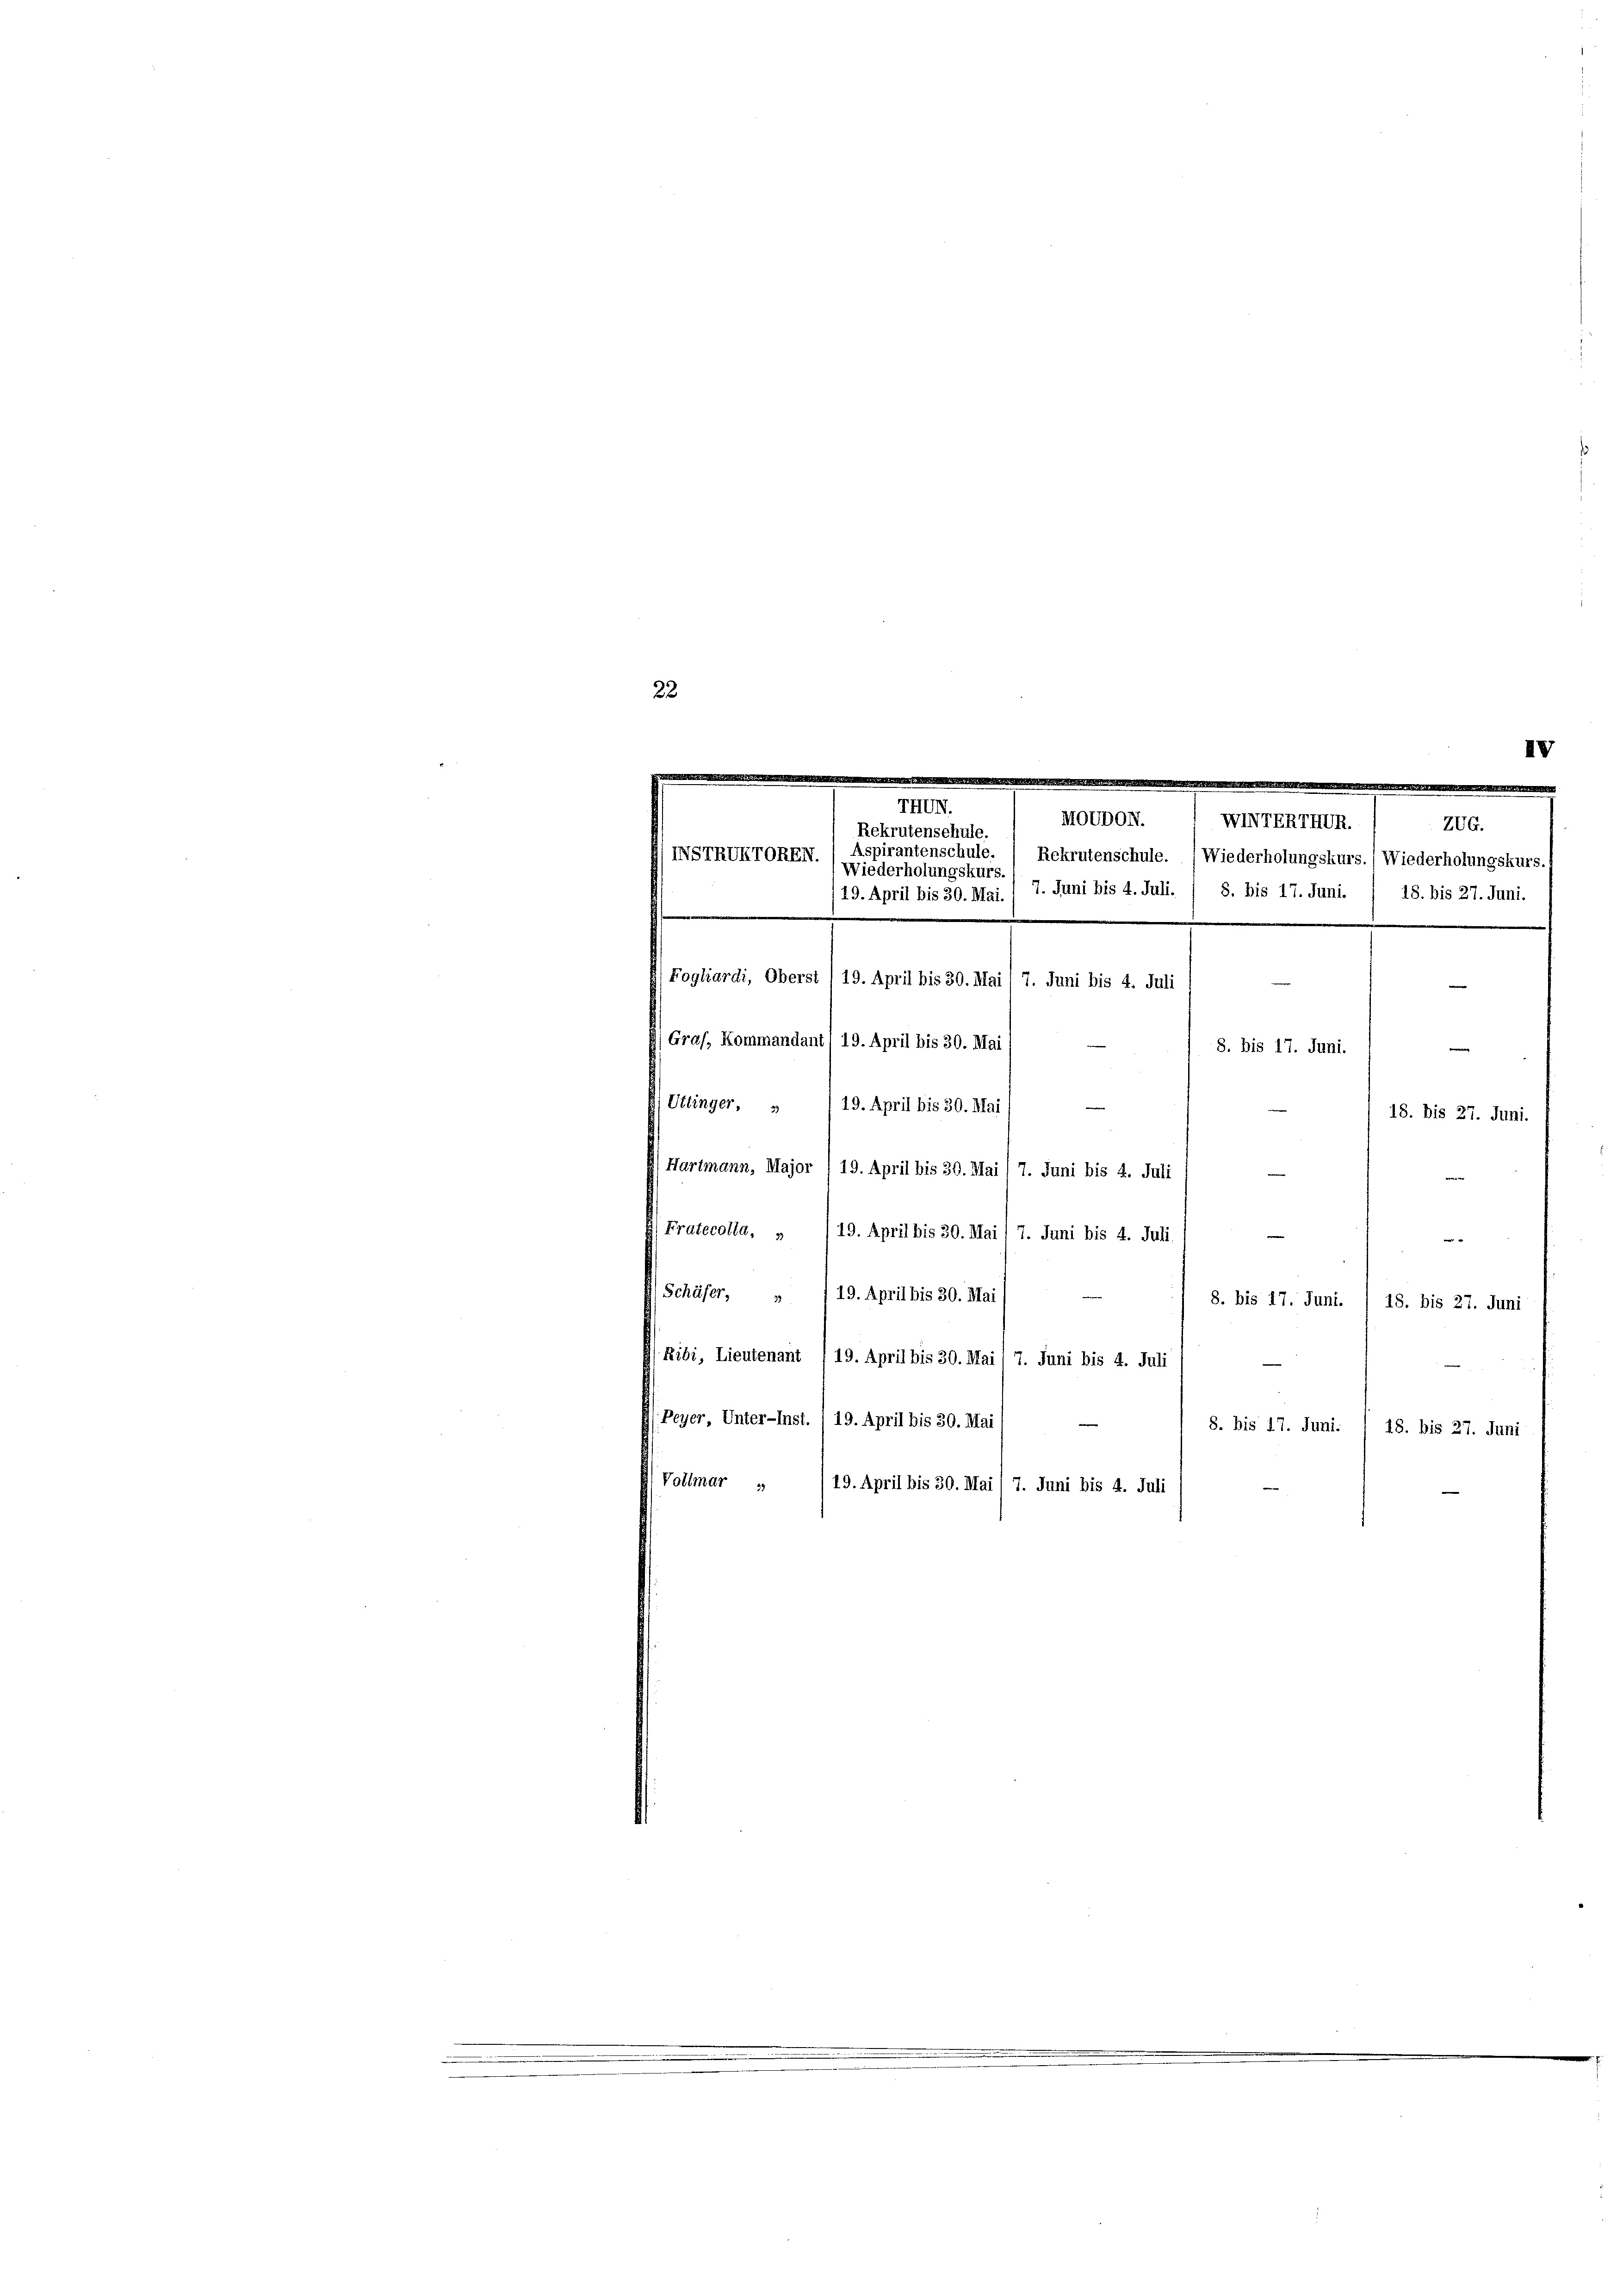
32

ZUG.
Wiederholungskurs.
19. April bis 30. Mai. / 7. Juni bis 4. Juli. / 8. bis 17. Juni. / 18. bis 27. Juni.
Fogliardi, Oberst 1 19. April bis 30. Mai / 7. Juni bis 4. Juli
(Graf, Kommandant / 19. April bis 30. Mai/
8. bis 17. Juni.
g
Uttinger, » 119. April bis 30. Mai
e
18. Dis 27. Juni.
Hartmann, Major /19. April bis 30. Mai /7. Juni bis 4. Juli (
Fratecolla, » /19. April bis 30. Mai /7. Juni bis 4. Juli
e

Schäfer, „ /19. April bis 30. Mai/
8. bis 17. Juni.
18. bis 27. Juni

B
MODDON. ( WINTERTHUR.
Rekrutenschule.
INSTRUKTOREN. Aspirantenschule. (Rekrutenschule. (Wiederholungskurs.) Wiederholungskurs.

Ribi, Lieutenant , 19. April bis 30. Mai 17. Juni bis 4. Juli
Peyer, Unter-Inst. /19. April bis 30. Mai
8. bis 17. Juni. / 18. bis 27. Juni
Vollmar „ /19. April bis 30. Mai/7. Juni bis 4. Juli